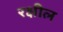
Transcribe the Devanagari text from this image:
रक्षील